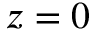
z = 0